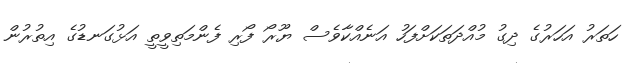
ހަތަރު އަހަރުގެ ދިގު މުއްދަތަކަށްފަހު އަނެއްކާވެސް ޔޫރޯ ފޯރި ފެންމަތިވީތީ އަޅުގަނޑުގެ އިތުރުން